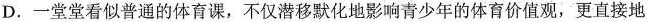
D.一堂堂看似普通的体育课，不仅潜移默化地影响青少年的体育价值观，更直接地